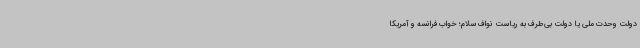
دولت وحدت ملی یا دولت بی‌طرف به ریاست نواف سلام؛ خواب فرانسه و آمریکا